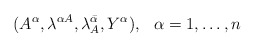
\begin{align*}(A^{\alpha}, \lambda^{\alpha A}, \lambda^{\bar\alpha}_A, Y^{\alpha}),\hskip 0.3cm \alpha =1,\ldots , n\end{align*}